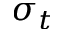
\sigma _ { t }